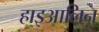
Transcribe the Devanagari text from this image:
हाइआलिन